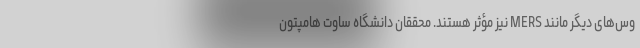
وس‌های دیگر مانند MERS نیز مؤثر هستند. محققان دانشگاه ساوت هامپتون